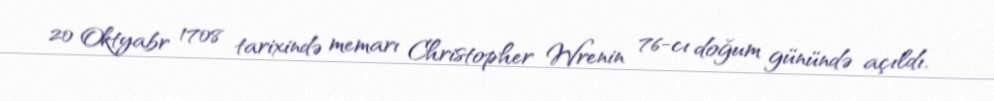
20 Oktyabr 1708 tarixində memarı Christopher Wrenin 76-cı doğum günündə açıldı.